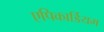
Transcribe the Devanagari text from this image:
एपिकार्डियम